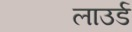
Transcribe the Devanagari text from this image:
लाउर्ड